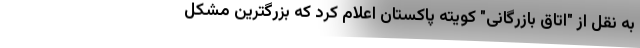
به نقل از "اتاق بازرگانی" کویته پاکستان اعلام کرد که بزرگترین مشکل